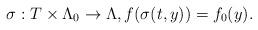
LaTeX: \begin{align*}\sigma: T \times \Lambda_0 \to \Lambda , f(\sigma (t,y)) = f_0 (y) . \end{align*}